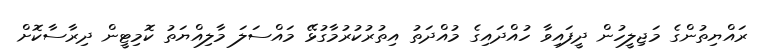
ރައްޔިތުންގެ މަޖިލީހުން ދީފައިވާ ހުއްދައިގެ މުއްދަތު އިތުރުކުރުމާގުޅޭ މައްސަލަ މާލިއްޔަތު ކޮމިޓީން ދިރާސާކޮށް